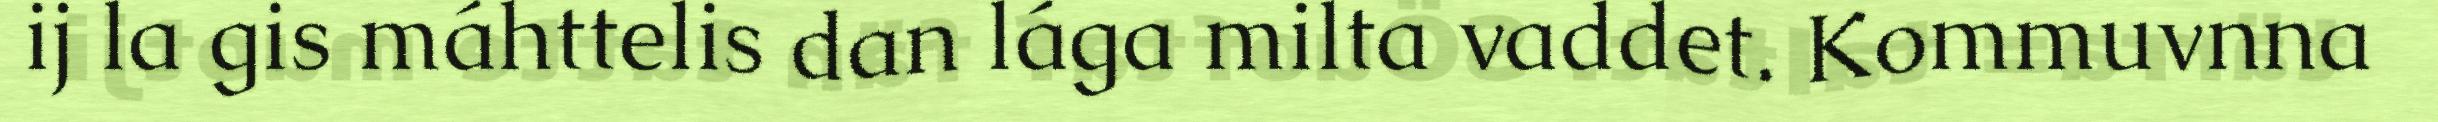
ij la gis máhttelis dan lága milta vaddet. Kommuvnna